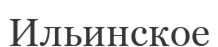
Ильинское